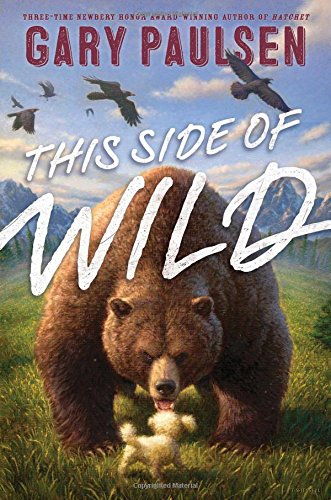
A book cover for This Side of Wild: Mutts, Mares, and Laughing Dinosaurs; Gary Paulsen; Children's Books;